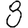
Digit: 8